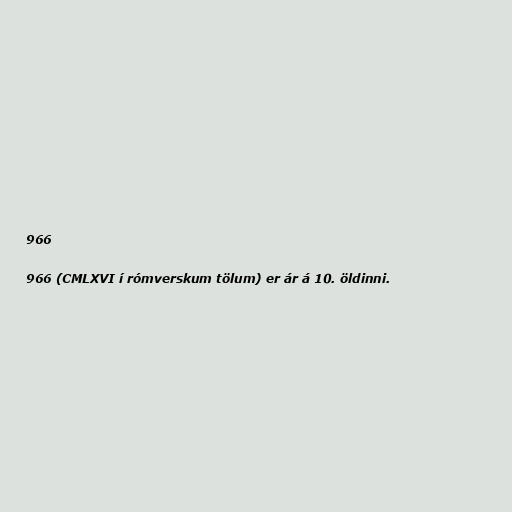
966

966 (CMLXVI í rómverskum tölum) er ár á 10. öldinni.